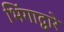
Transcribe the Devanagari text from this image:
भिंगाद्वारे